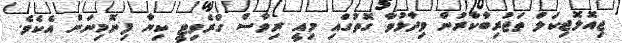
ޖިއޮލޮޖިކަލް ތަޖުރިބާކާރުން ވިދާޅުވާ ގޮތުގައި މިއީ ރިވާސް ގްރެވިޓީ ކިޔާ ފިނޮމިނަން އެކެވެ.